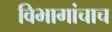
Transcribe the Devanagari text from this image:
विभागांचाच